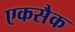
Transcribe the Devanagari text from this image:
एकसैक